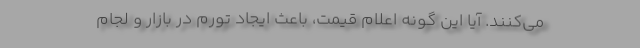
می‌کنند. آیا این گونه اعلام قیمت، باعث ایجاد تورم در بازار و لجام